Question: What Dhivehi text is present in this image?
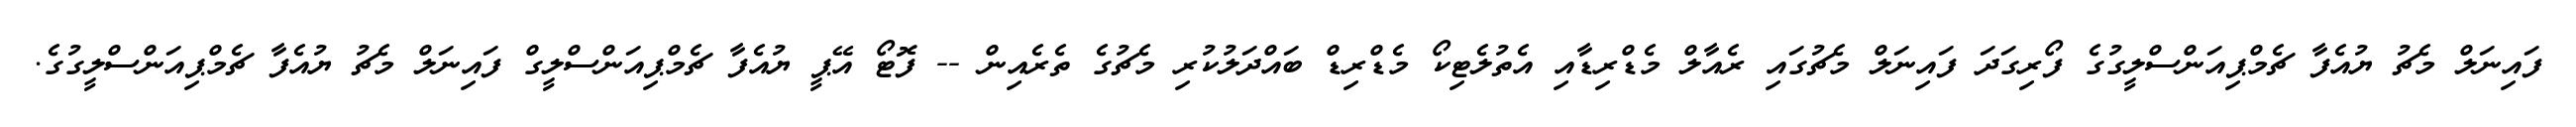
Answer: ފައިނަލް މެޗު ޔުއެފާ ޗެމްޕިއަންސްލީގުގެ ފޯރިގަދަ ފައިނަލް މެޗުގައި ރެއާލް މެޑްރިޑާއި އެތުލެޓިކޯ މެޑްރިޑް ބައްދަލުކުރި މެޗުގެ ތެރެއިން -- ފޮޓޯ އޭޕީ ޔުއެފާ ޗެމްޕިއަންސްލީގް ފައިނަލް މެޗު ޔުއެފާ ޗެމްޕިއަންސްލީގުގެ.